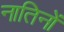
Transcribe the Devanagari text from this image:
नातिनों